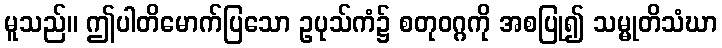
မူသည်။ ဤပါတိမောက်ပြသော ဥပုသ်ကံ၌ စတုဝဂ္ဂကို အစပြု၍ သမ္မုတိသံဃာ